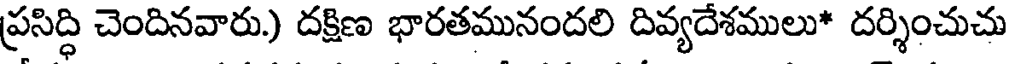
ప్రసిద్ధి చెందినవారు.) దక్షిణ భారతమునందలి దివ్యదేశములు* దర్శించుచు